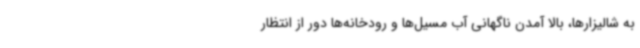
به شالیزارها، بالا آمدن ناگهانی آب مسیل‌ها و رودخانه‌ها دور از انتظار